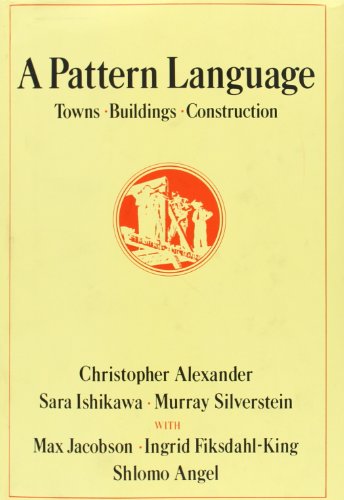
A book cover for A Pattern Language: Towns, Buildings, Construction (Center for Environmental Structure); Christopher Alexander; Engineering & Transportation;